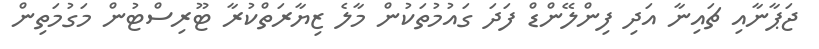
ޖަޕާނާއި ޗައިނާ އަދި ފިންލޭންޑް ފަދަ ގައުމުތަކުން މާލެ ޒިޔާރަތްކުރާ ޓޫރިސްޓުން މަގުމަތިން